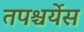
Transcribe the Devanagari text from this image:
तपश्चर्येस